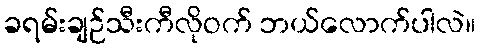
ခရမ်းချဉ်သီးကီလိုဝက် ဘယ်လောက်ပါလဲ။